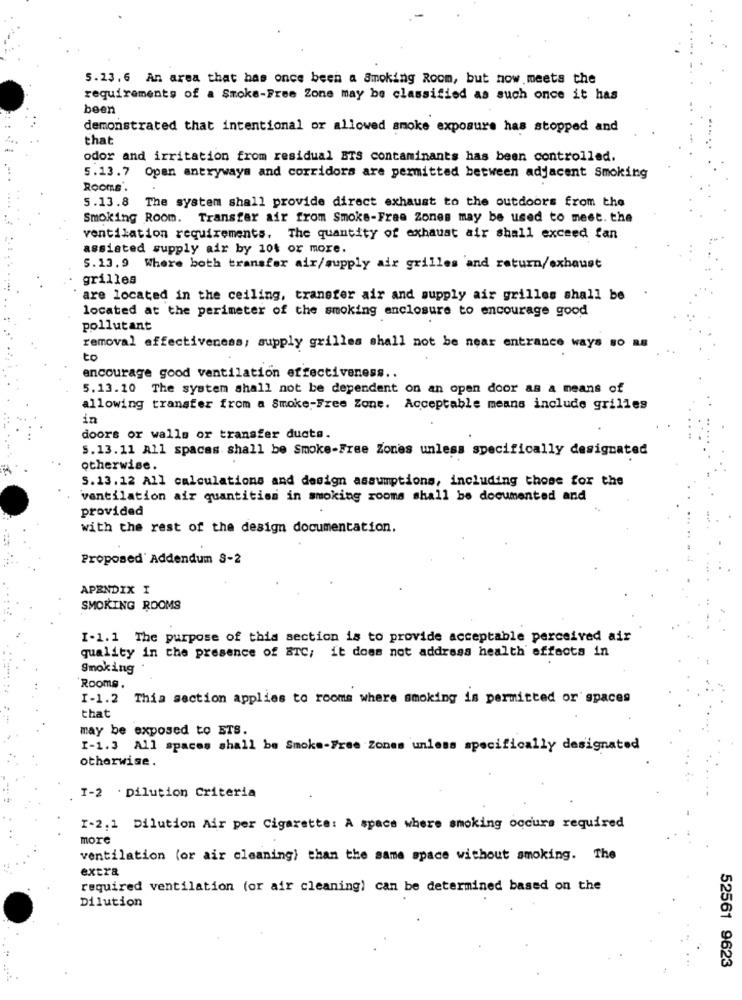
5.23.6 An area that has once been a Smoking Room, but now meets the
requirements of a Smoke-Free Zone may be classified as such once it has
been
demonstrated that intentional or allowed smoke exposure has stopped and
that
odor and irritation from residual BTS contaminants has been controlled.
5.13.7 Open antryways and corridors are permitted between adjacent Smoking
Rooms'.
5.13.8 The system shall provide direct exhaust to the outdoors from the
Smoking Room. Transfer air from Smoke-Free Zones may be used to meet. the
ventilation requirements. The quantity of exhaust air shall exceed fan
assisted supply air by 104 or more.
5.13. 9 Where both transfer air/supply air grilles and return/exhaust
grilles
are located in the ceiling, transfer air and supply air grilles shall be
located at the perimeter of the smoking enclosure to encourage good
pollutant
removal effectiveness, supply grilles shall not be near entrance ways 80 a8
to
encourage good ventilation effectiveness ..
5.13.10 The system shall not be dependent on an open door as a means of
allowing transfer from a Smoke-Free Zone. Acceptable means include grilles
in
doors or walls or transfer ducts.
S.13.11 All spaces shall be Smoke-Free Zones unless specifically designated
otherwise.
S.13. 12 All calculations and design assumptions, including those for the
ventilation air quantities in smoking rooms shall be documented and
provided
with the rest of the design documentation.
Proposed' Addendum 8-2
APENDIX I
SMOKING ROOMS
I-1.1 The purpose of this section is to provide acceptable perceived air
quality in the presence of BTC; it does not address health effects in
Smoking
Rooms.
I-1.2 Thia section applies to rooms where smoking is permitted or spaces
that
may be exposed to ETS.
I-1.3 All spaces shall be Smoke-Free Zones unless specifically designated
otherwise.
I-2 . Dilution Criteria
I-2.1 Dilution Air per Cigarette: A space where smoking occurs required
more
ventilation (or air cleaning) than the same space without smoking. The
extra
required ventilation (or air cleaning) can be determined based on the
Dilution
52561 9623